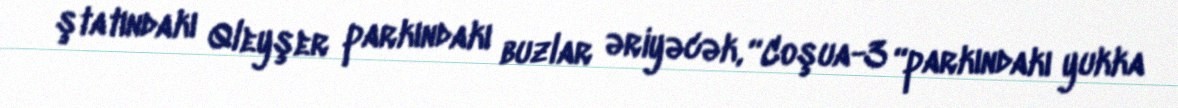
ştatındakı Qleyşer parkındakı buzlar əriyəcək, “Coşua-3 “parkındakı yukka